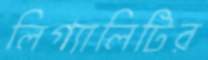
লিগ্যালিটির